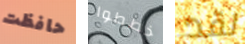
حافظت خططوا لقد